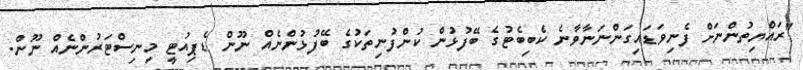
"ރައްޔިތުންނަށް ފެނިވަޑައިގަންނަނާވާނެ ކެބިބެޓުގެ ބޭފުޅުން ކުންފުނިތަކުގެ ބޭފުޅުންނެއް ނޫން ޑެޕިއުޓީ މިނިސްޓަރުންނެއް ނޫން.